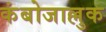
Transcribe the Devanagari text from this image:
कंबोजाल्लुक